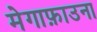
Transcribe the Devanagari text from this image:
मेगाफ़ाउना